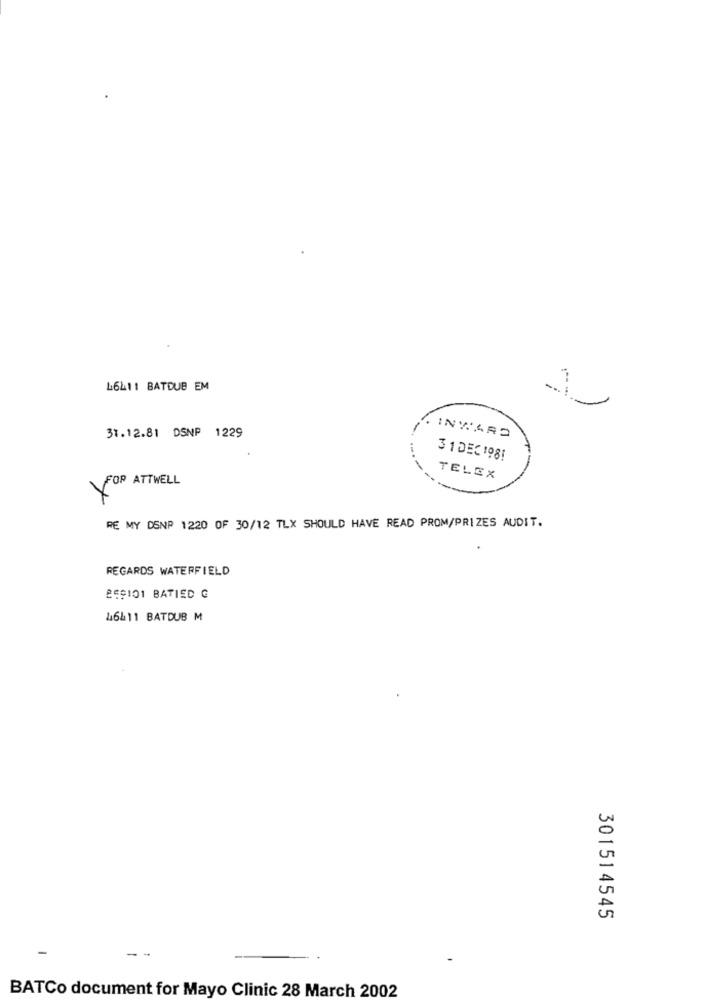
L6411 BATDUB EM
31.12.81 DSNP 1229
INWARD
31DEC198!
FOR ATTWELL
TELEX
RE MY DENP 1220 OF 30/12 TLX SHOULD HAVE READ PROM/PRIZES AUDIT.
REGARDS WATERFIELD
259101 BATIED G
46&11 BATDUB M
301514545
--
BATCo document for Mayo Clinic 28 March 2002